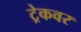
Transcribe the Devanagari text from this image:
ट्रेकवर